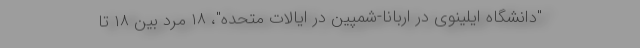
"دانشگاه ایلینوی در اربانا-شمپین در ایالات متحده"، ۱۸ مرد بین ۱۸ تا